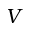
V